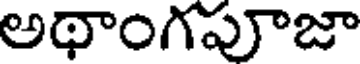
అథాంగపూజా